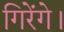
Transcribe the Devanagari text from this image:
गिरेंगे।